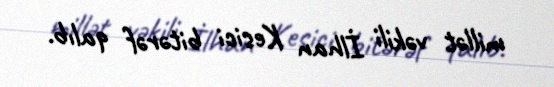
millət vəkili İlhan Kesici bitərəf qalıb.